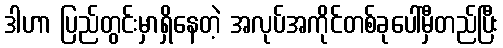
ဒါဟာ ပြည်တွင်းမှာရှိနေတဲ့ အလုပ်အကိုင်တစ်ခုပေါ်မှီတည်ပြီး